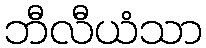
ဘီလီယံသာ